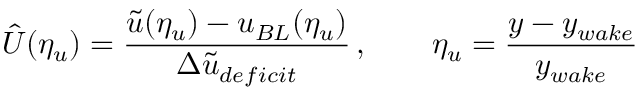
\hat { U } ( \eta _ { u } ) = \frac { \Tilde { u } ( \eta _ { u } ) - u _ { B L } ( \eta _ { u } ) } { \Delta \Tilde { u } _ { d e f i c i t } } \, , \qquad \eta _ { u } = \frac { y - y _ { w a k e } } { y _ { w a k e } }